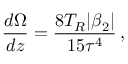
\frac { d \Omega } { d z } = \frac { 8 T _ { R } | \beta _ { 2 } | } { 1 5 \tau ^ { 4 } } \, ,